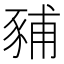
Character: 豧